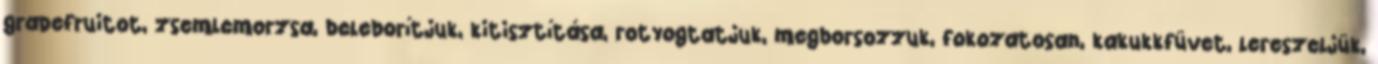
grapefruitot, zsemlemorzsa, beleborítjuk, kitisztítása, rotyogtatjuk, megborsozzuk, fokozatosan, kakukkfüvet, lereszeljük,